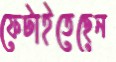
ফেটাইতেছেন